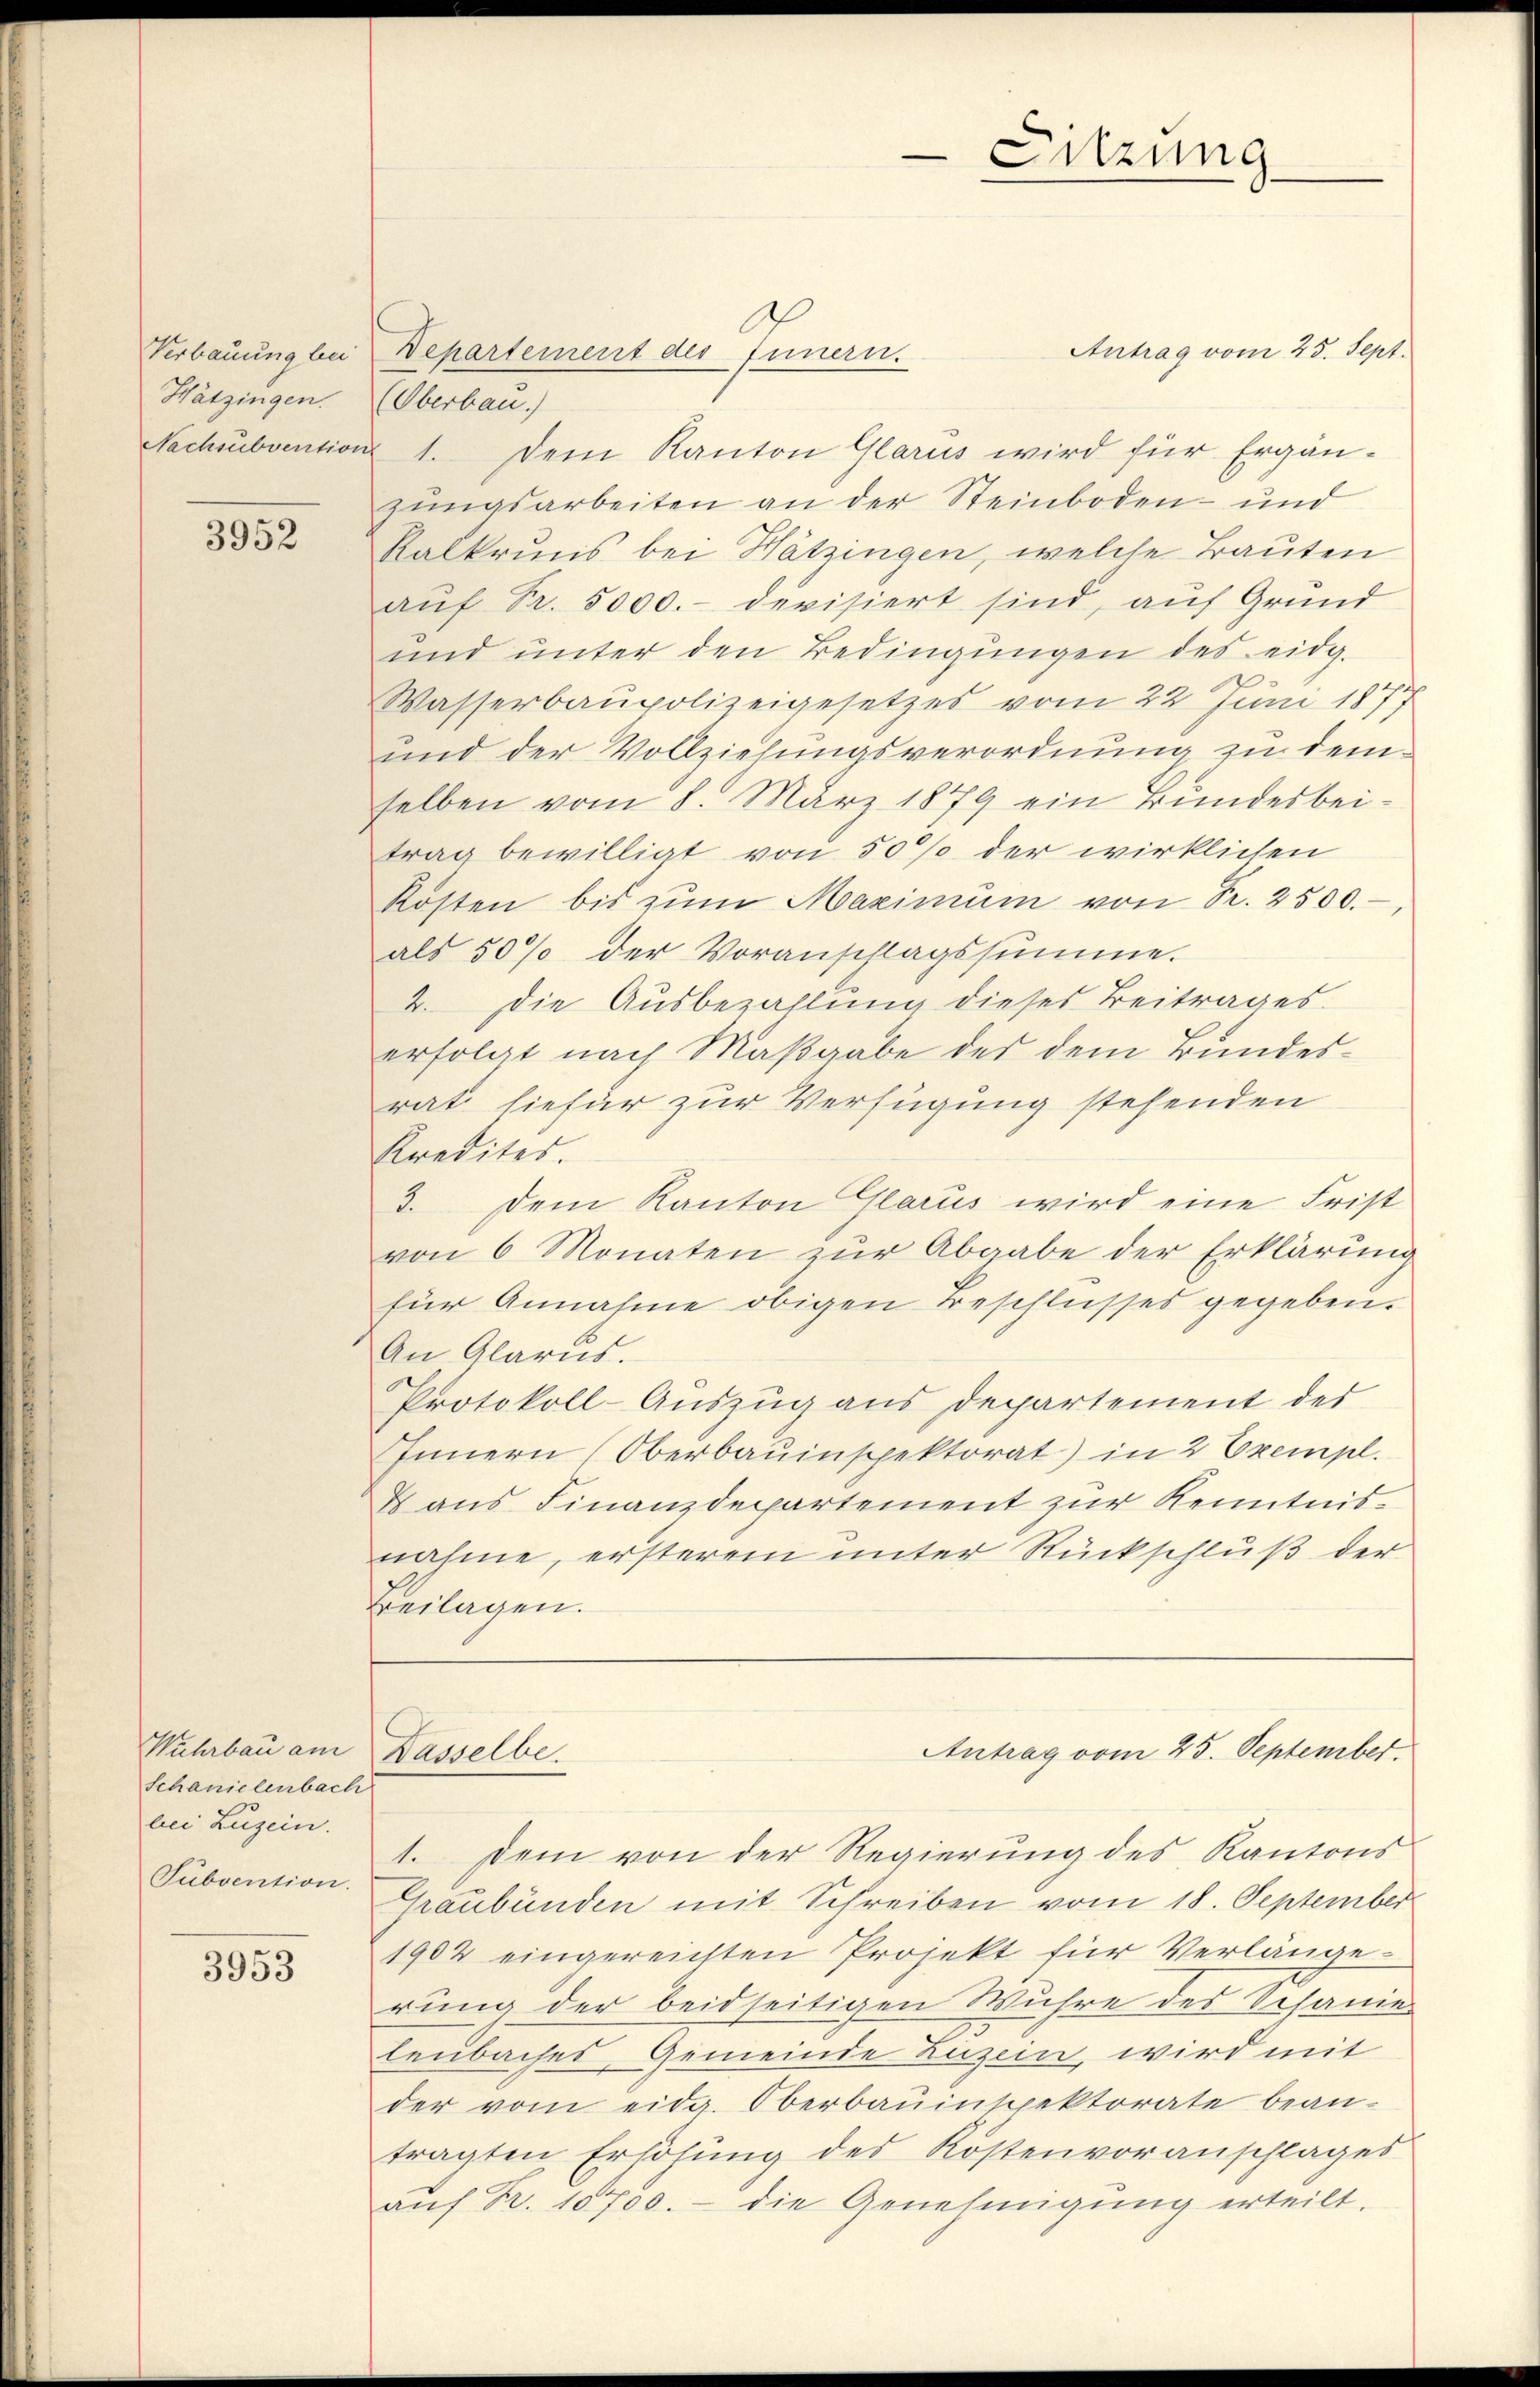
Hätzingen.

3952

Wuhrbau am
Schanielenbach
bei Luzern.
Subvention.

3953

Antrag vom 25. Sept.
Verbauung bei Departement des Innern.
(Oberbau.)
Nachsubvention 1. Dem Kanton Glarus wird für Ergän-
zungsarbeiten an der Steinboden- und
Kalkruns bei Hätzingen, welche Bauten
aŭf Fr. 5000.- devisiert sind, auf Grund
und unter den Bedingŭngen des eidg.
Wasserbaupolizeigesetzes vom 22 Juni 187
und der Vollziehungsverordnung zu demselben vom 8. März 1879 ein Bundesbeitrag bewilligt von 50% der wirklichen
Kosten bis zŭm Maximum von Fr. 2500.
als 50% der Voranschlagssumme.
2. Die Ausbezahlung dieses Beitrages.
erfolgt nach Maßgabe des dem Bundesrat hiefür zur Verfügung stehenden
Kredites.
3. Dem Kanton Glarus wird eine Frist
von 6 Monaten zŭr Abgabe der Erklärung
für Annahme obigen Beschlusses gegeben.
An Glarus.
Protokoll-Auszug aus Departement der
IInnern (Oberbauinspektorat) in 2 Exempl.
V aus Finanzdepartement zur Kenntnisnahme, ersterem unter Rückschluß der
Beilagen.

Dasselbe

1. Dem von der Regierung des Kantons
Graubünden mit Schreiben vom 18. September
1904 eingereichten Projekt für Verlänge
rung der beidseitigen Wuhre des Schanie
leubaches Gemeinde Luzein, wird mit
der vom eidg. Oberbauinspektorate bean-
tragten Erhöhung des Kostenvoranschlages
auf Fr. 15700. - die Genehmigung erteilt.

Sitzung

Antrag vom 25. September.